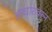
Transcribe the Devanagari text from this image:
आधारावरुन